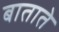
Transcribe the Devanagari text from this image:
बाताते